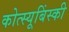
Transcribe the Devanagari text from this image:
कोत्स्यूबिंस्की